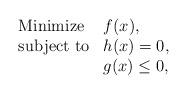
LaTeX: \begin{align*}\begin{array}{ll}\mbox{Minimize}&f(x),\\\mbox{subject to}&h(x)=0,\\& g(x)\leq 0,\end{array}\end{align*}